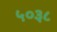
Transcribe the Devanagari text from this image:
५०३८